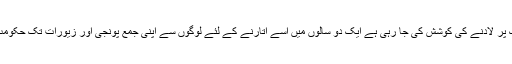
ابھی جس حُب الوطنی سے قرضوں کے پہاڑ کو ملک پر لادنے کی کوشش کی جا رہی ہے ایک دو سالوں میں اُسے اُتارنے کے لئے لوگوں سے اپنی جمع پونجی اور زیورات تک حکومت کے حوالے کا حکم ہو گا تا ہم قرض نہیں اُترے گا۔